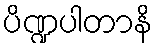
ပိဏ္ဍပါတာနိ